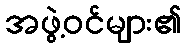
အဖွဲ့ဝင်များ၏